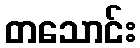
တသောင်း